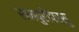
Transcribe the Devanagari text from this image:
रामपुरीपरसू